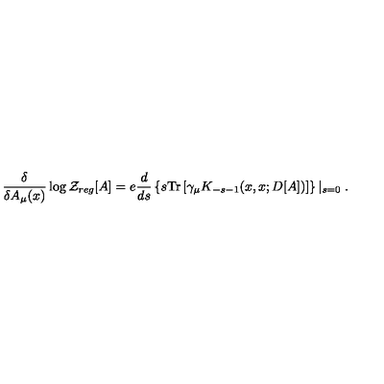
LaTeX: \frac { \delta } { \delta A _ { \mu } ( x ) } \log { \cal { Z } } _ { r e g } [ A ] = e \frac { d } { d s } \left\{ s \mathrm { T r } \left[ \gamma _ { \mu } K _ { - s - 1 } ( x , x ; D [ A ] ) \right] \right\} \left| _ { s = 0 } \right. .